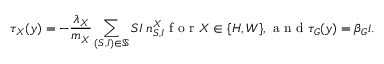
\tau _ { X } ( y ) = - \frac { \lambda _ { X } } { m _ { X } } \sum _ { ( S , I ) \in \mathbb { S } } S I \; n _ { S , I } ^ { X } \mathrm { ~ f ~ o ~ r ~ } X \in \{ H , W \} , \mathrm { ~ a ~ n ~ d ~ } \tau _ { G } ( y ) = \beta _ { G } i .